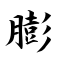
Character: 膨